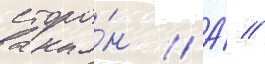
сторо́н // А́ //